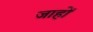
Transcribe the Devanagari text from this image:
जाहों